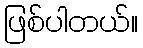
ဖြစ်ပါတယ်။